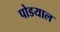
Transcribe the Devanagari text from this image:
पोडयाल